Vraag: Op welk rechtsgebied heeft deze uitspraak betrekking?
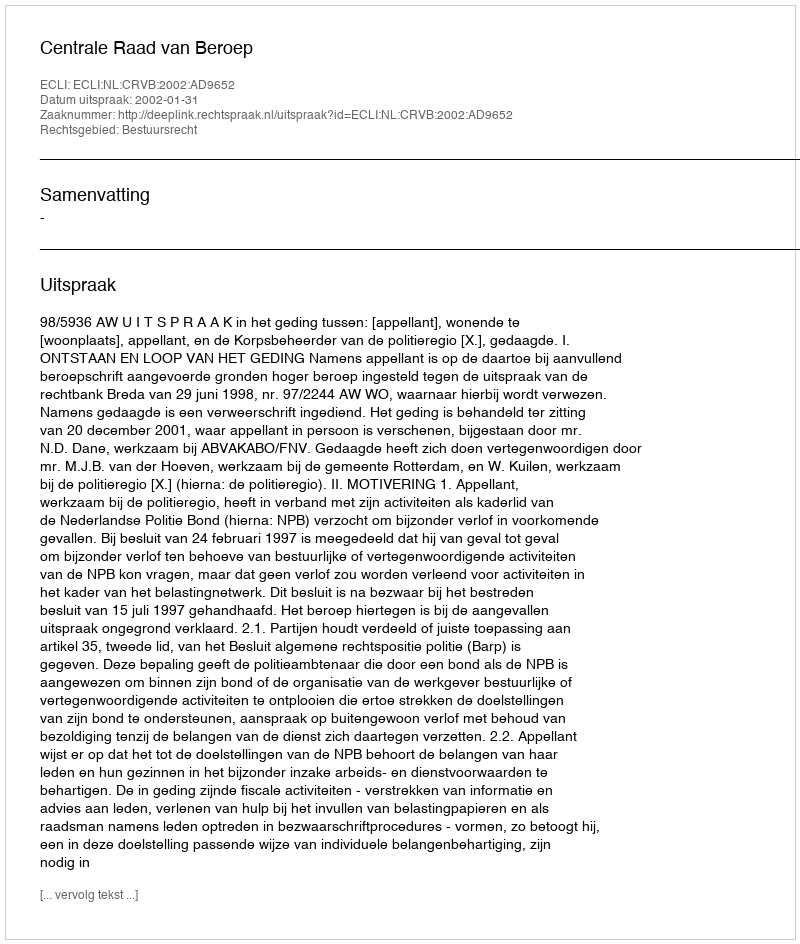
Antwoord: Bestuursrecht